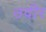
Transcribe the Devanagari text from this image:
उदीर